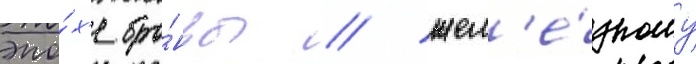
эпо́х'е бро́нзы / жел'е́зному